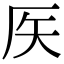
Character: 𥎦